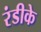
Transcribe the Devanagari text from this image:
रंडीके